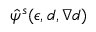
\hat { \psi } ^ { s } ( \boldsymbol { \epsilon } , d , \nabla { d } )